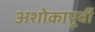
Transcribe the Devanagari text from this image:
अशोकापूर्वी